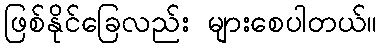
ဖြစ်နိုင်ခြေလည်း များစေပါတယ်။